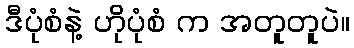
ဒီပုံစံနဲ့ ဟိုပုံစံ က အတူတူပဲ။